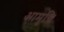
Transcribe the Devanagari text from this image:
आमुचि